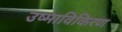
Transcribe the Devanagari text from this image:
उष्माविकिरण